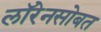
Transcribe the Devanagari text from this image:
लॉरेनसोबत